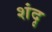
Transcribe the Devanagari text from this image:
शंदृ